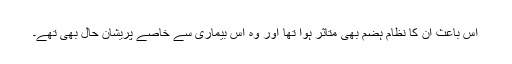
اس باعث اُن کا نظام ہضم بھی متاثر ہوا تھا اور وہ اس بیماری سے خاصے پریشان حال بھی تھے۔